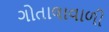
ગોતાલાવાળી